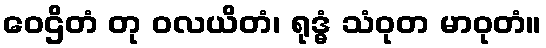
ဝေဌိတံ တု ဝလယိတံ၊ ရုဒ္ဓံ သံဝုတ မာဝုတံ။